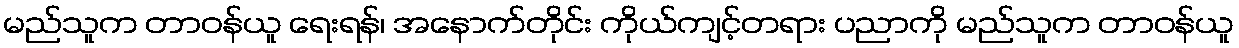
မည်သူက တာဝန်ယူ ရေးရန်၊ အနောက်တိုင်း ကိုယ်ကျင့်တရား ပညာကို မည်သူက တာဝန်ယူ